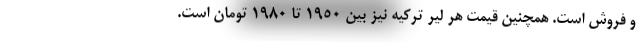
و فروش است. همچنین قیمت هر لیر ترکیه نیز بین ۱۹۵۰ تا ۱۹۸۰ تومان است.